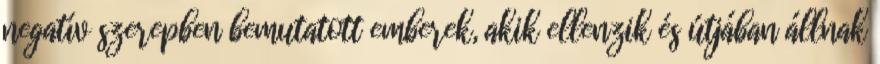
negatív szerepben bemutatott emberek, akik ellenzik és útjában állnak